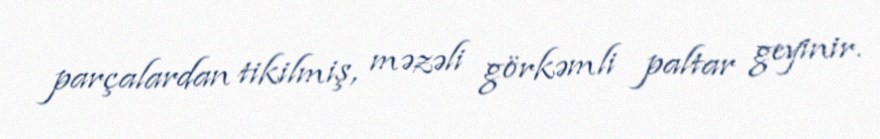
parçalardan tikilmiş, məzəli görkəmli paltar geyinir.